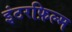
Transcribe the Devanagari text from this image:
इंटरफ़िल्म